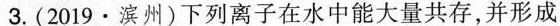
3.(2019·滨州)下列离子在水中能大量共存，并形成